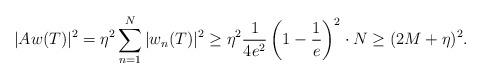
LaTeX: \begin{align*}|Aw(T)|^{2}=\eta^{2}\sum_{n=1}^{N}|w_{n}(T)|^{2}\geq\eta^{2}\frac{1}{4e^{2}}\left(1-\frac{1}{e}\right)^{2}\cdot N\geq(2M+\eta)^{2}.\end{align*}